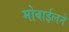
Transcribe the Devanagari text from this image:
मोबाईलने